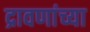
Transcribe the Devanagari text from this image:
द्रावणांच्या